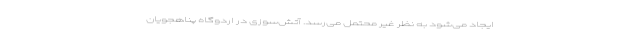
ایجاد می‌شود به نظر غیر محتمل می‌رسد. آتش‌سوزی در اردوگاه پناهجویان